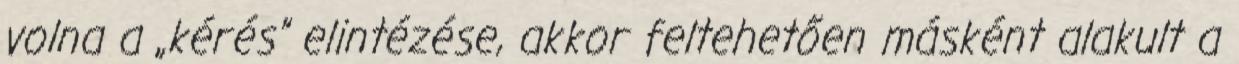
volna a „kérés” elintézése, akkor feltehetően másként alakult a